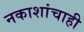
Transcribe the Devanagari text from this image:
नकाशांचाही